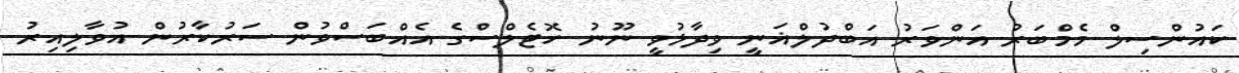
ކައުންސިލް މެމްބަރު އަންވަރު އަބްދުލްޣަނީ ވިދާޅުވީ ނޫނު ހޮޓެލްސްގެ އެއްބަސްވުން ސަރުކާރުން އުވާލިއިރު